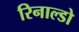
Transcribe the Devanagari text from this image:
रिनाल्डो